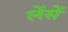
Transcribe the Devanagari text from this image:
लेंसें